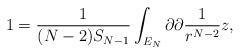
LaTeX: \begin{align*}1=\frac{1}{(N-2)S_{N-1}}\int_{E_{N}}\partial \partial \frac{1}{r^{N-2}}z,\end{align*}